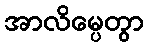
အာလိမ္ပေတွာ